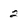
Character: 2